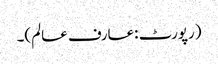
(رپورٹ :عارف عالم)۔